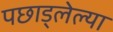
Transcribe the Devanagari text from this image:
पछाड्लेल्या